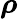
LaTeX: \boldsymbol{\rho}